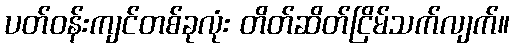
ပတ်ဝန်းကျင်တစ်ခုလုံး တိတ်ဆိတ်ငြိမ်သက်လျက်။